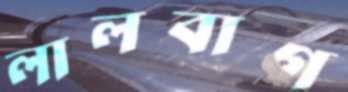
লালবাগ